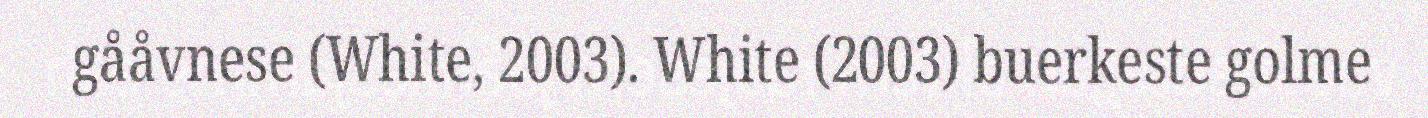
gååvnese (White, 2003). White (2003) buerkeste golme